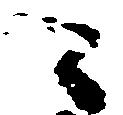
々